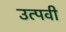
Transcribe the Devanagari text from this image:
उत्पवी